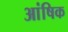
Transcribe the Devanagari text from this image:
आंषिक